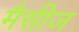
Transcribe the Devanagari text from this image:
मैसीज